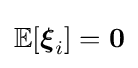
\mathbb {E} [{\boldsymbol {\xi }}_{i}]=\mathbf {0}